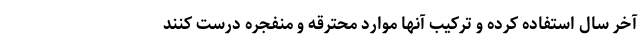
آخر سال استفاده کرده و ترکیب آنها موارد محترقه و منفجره درست کنند